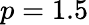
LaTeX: p=1.5